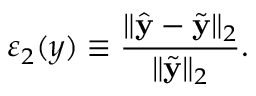
\varepsilon _ { 2 } ( y ) \equiv \frac { \| \hat { \mathbf { y } } - \Tilde { \mathbf { y } } \| _ { 2 } } { \| \Tilde { \mathbf { y } } \| _ { 2 } } .